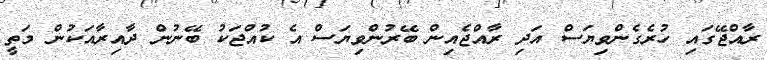
ރާއްޖޭގައި ހުރެގެންވިޔަސް އަދި ރާއްޖެއިން ބޭރުންވިޔަސް އެ ކުއްޖަކު ބޭނުން ދާއިރާއަކުން މަތީ